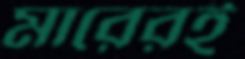
মারেরই